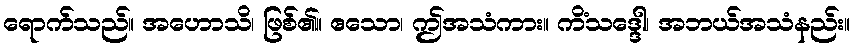
ရောက်သည်။ အဟောသိ၊ ဖြစ်၏။ ဧသော၊ ဤအသံကား။ ကိံသဒ္ဒေါ၊ အဘယ်အသံနည်း။